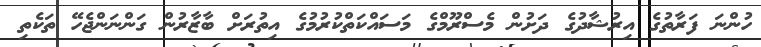
ހުންނަ ފަރާތުގެ އިރުޝާދުގެ ދަށުން މެސްރޫމްގެ މަސައްކަތްކުރުމުގެ އިތުރަށް ބާޒާރުން ގަންނަންޖެހޭ ތަކެތި